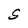
Character: S